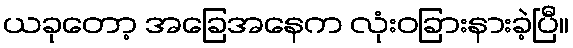
ယခုတော့ အခြေအနေက လုံးဝခြားနားခဲ့ပြီ။